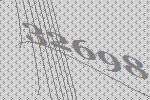
32698